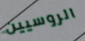
الروسيين